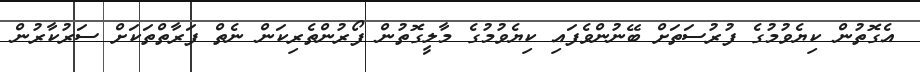
އެގޮތުން ކިޔެވުމުގެ ފުރުސަތަށް ބޭނުންވެފައި ކިޔެވުމުގެ މާލީގޮތުން ފޯރުންތެރިކަން ނެތް ފަރާތްތަކަށް ސަރުކާރުން